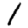
Digit: 1